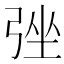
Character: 𢏬